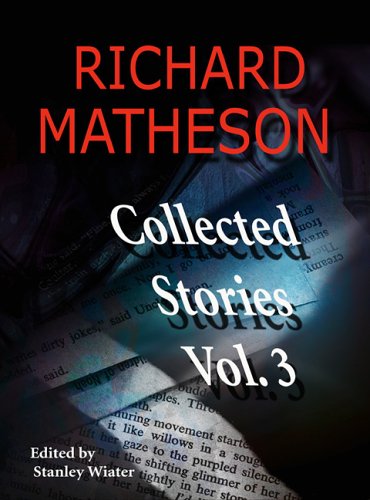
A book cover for Richard Matheson: Collected Stories, Vol. 3; Richard Matheson; Romance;